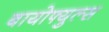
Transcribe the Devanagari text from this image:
बायोफ्युल्स